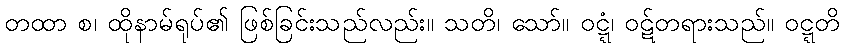
တထာ စ၊ ထိုနာမ်ရုပ်၏ ဖြစ်ခြင်းသည်လည်း။ သတိ၊ သော်။ ဝဋ္ဋံ၊ ဝဋ်တရားသည်။ ဝဋ္ဋတိ